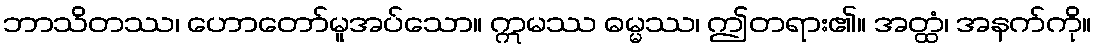
ဘာသိတဿ၊ ဟောတော်မူအပ်သော။ ဣမဿ ဓမ္မဿ၊ ဤတရား၏။ အတ္ထံ၊ အနက်ကို။